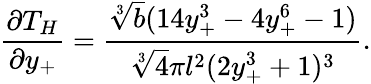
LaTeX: \frac{\partial T_{H}}{\partial y_{+}}=\frac{\sqrt[3]{b}(14y_{+}^{3}-4y_{+}^{6}-1)}{\sqrt[3]{4}\pi l^{2}(2y_{+}^{3}+1)^{3}}.